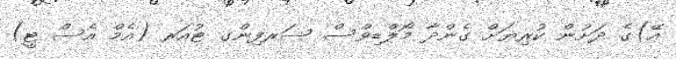
އޭ)ގެ ދަށުން ކުރިޔަށް ގެންދާ މޯލްޑިވްސް ސަރފިންގ ޓުއަރ (އެމް އެސް ޓީ)